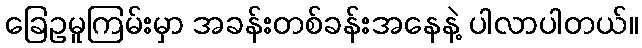
ခြေဥမူကြမ်းမှာ အခန်းတစ်ခန်းအနေနဲ့ ပါလာပါတယ်။